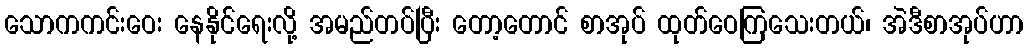
သောကကင်းဝေး နေနိုင်ရေးလို့ အမည်တပ်ပြီး တော့တောင် စာအုပ် ထုတ်ဝေကြသေးတယ်၊ အဲဒီစာအုပ်ဟာ